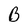
Character: B